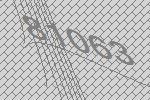
81063